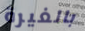
بالغيرة